Annual returns of the Patna Lunatic Asylum at Bankipore in Bihar and Orissa - 1912-1924
Year: 1912
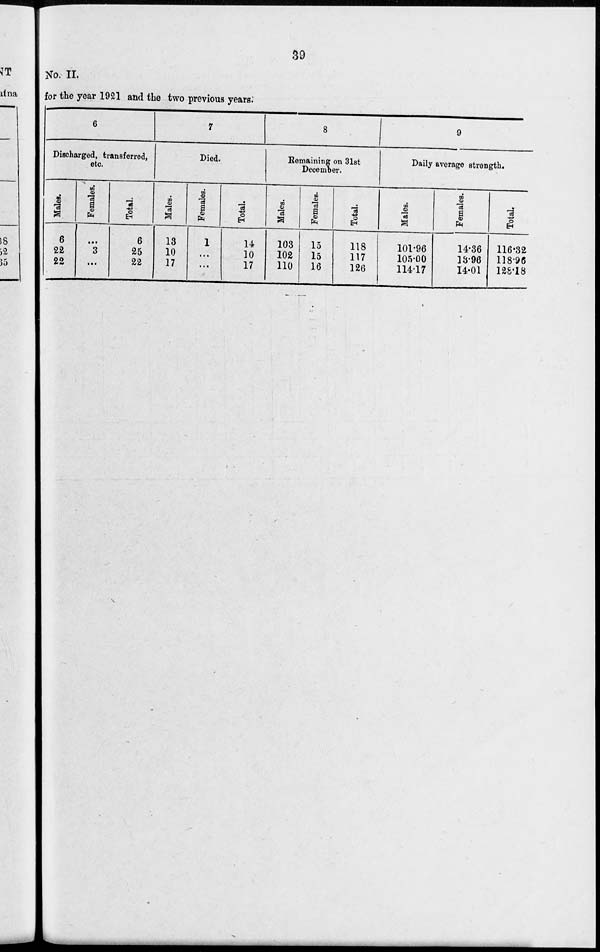
39
No. II.
for the year 1921 and the two previous years.
6
Discharged, transferred,
etc.
Males.
6
22
22
Females.
...
3
...
Total.
6
25
22
7
Died.
Males.
13
10
17
Females.
1
...
...
Total.
14
10
17
8
Remaining on 31st
December.
Males.
103
102
110
Females.
15
15
16
Total.
118
117
126
9
Daily average strength.
Males.
101.96
105.00
114.17
Females.
14.36
13.96
14.01
Total.
116.32
118.96
128.18